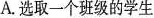
A.选取一个班级的学生